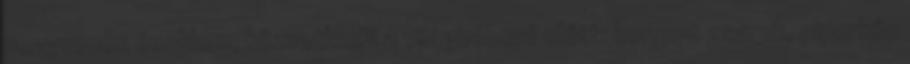
negyvenes években, közvetlenül a világháború előtt: korrupt zsaruk, piperkőc